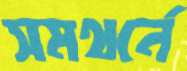
সমথর্নে